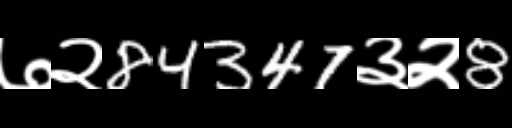
Text: ७२84347३२8